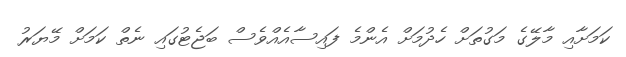
ކަމަށާއި މާލޭގެ މަގުތަށް ހެދުމަށް އެންމެ ފައިސާއެއްވެސް ބަޖެޓުގައި ނެތް ކަމަށް މޭޔަރު